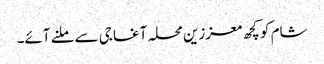
شام کو کچھ معززین محلہ آغا جی سے ملنے آئے۔